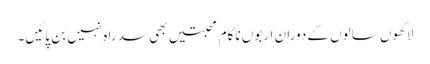
لاکھوں سالوں کے دوران اربوں ناکام محبتیں بھی سد راہ نہیں بن پائیں۔